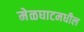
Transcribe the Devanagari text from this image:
मेळघाटमधील